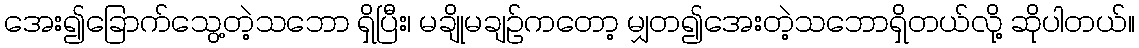
အေး၍ခြောက်သွေ့တဲ့သဘော ရှိပြီး၊ မချိုမချဉ်ကတော့ မျှတ၍အေးတဲ့သဘောရှိတယ်လို့ ဆိုပါတယ်။